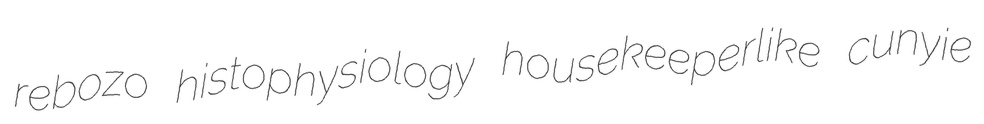
rebozo histophysiology housekeeperlike cunyie